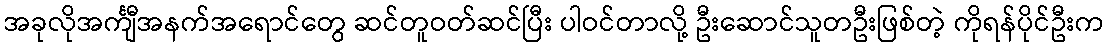
အခုလိုအင်္ကျီအနက်အရောင်တွေ ဆင်တူဝတ်ဆင်ပြီး ပါဝင်တာလို့ ဦးဆောင်သူတဦးဖြစ်တဲ့ ကိုရန်ပိုင်ဦးက